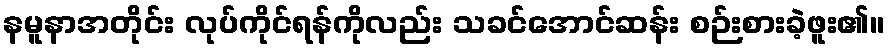
နမူနာအတိုင်း လုပ်ကိုင်ရန်ကိုလည်း သခင်အောင်ဆန်း စဉ်းစားခဲ့ဖူး၏။